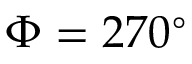
\Phi = 2 7 0 ^ { \circ }